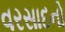
વરસાદનો